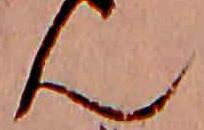
ん